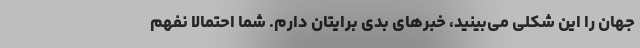
جهان را این شکلی می‌بینید، خبرهای بدی برایتان دارم. شما احتمالاً نفهم